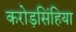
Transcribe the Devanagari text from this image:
करोड़सिंहिया